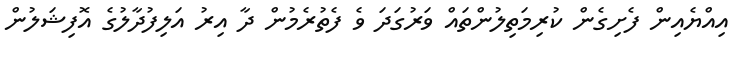
އިއްޔެއިން ފެށިގެން ކުރިމަތިލުންތައް ވަރުގަދަ ވެ ފެތުރެމުން ދާ އިރު އަލިފުދާލުގެ އޮފިޝަލުން